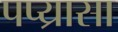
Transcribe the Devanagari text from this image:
पप्य्रासा